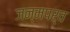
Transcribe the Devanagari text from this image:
जन्मपर्व